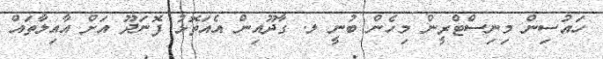
ހައުސިން މިނިސްޓްރީން މިހެން ބުނީ ލ. ގާދޫއިން އެއަތޮޅު ފޮނަދޫ އަށް އާއިލާތައް